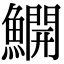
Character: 𫙸